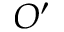
O ^ { \prime }